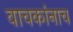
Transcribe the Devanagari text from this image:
वाचकांनाच